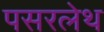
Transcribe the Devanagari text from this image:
पसरलेथ